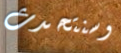
وسنتحدث